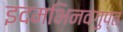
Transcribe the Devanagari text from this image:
इदमभिनवगुप्त